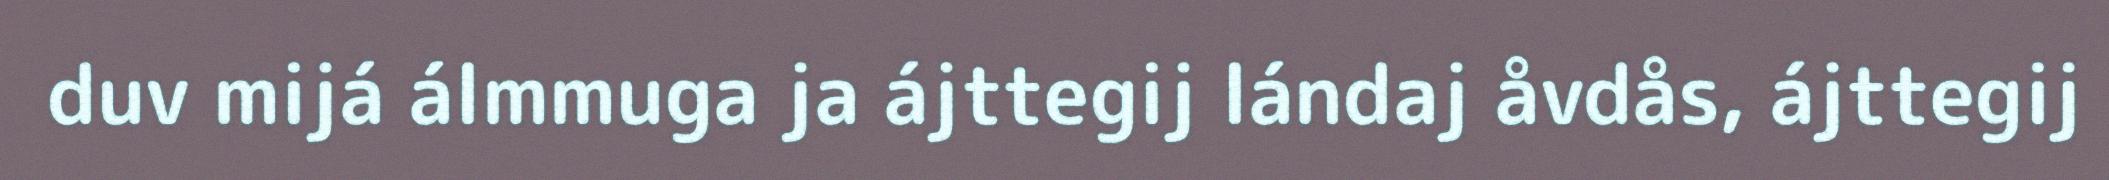
duv mijá álmmuga ja ájttegij lándaj åvdås, ájttegij